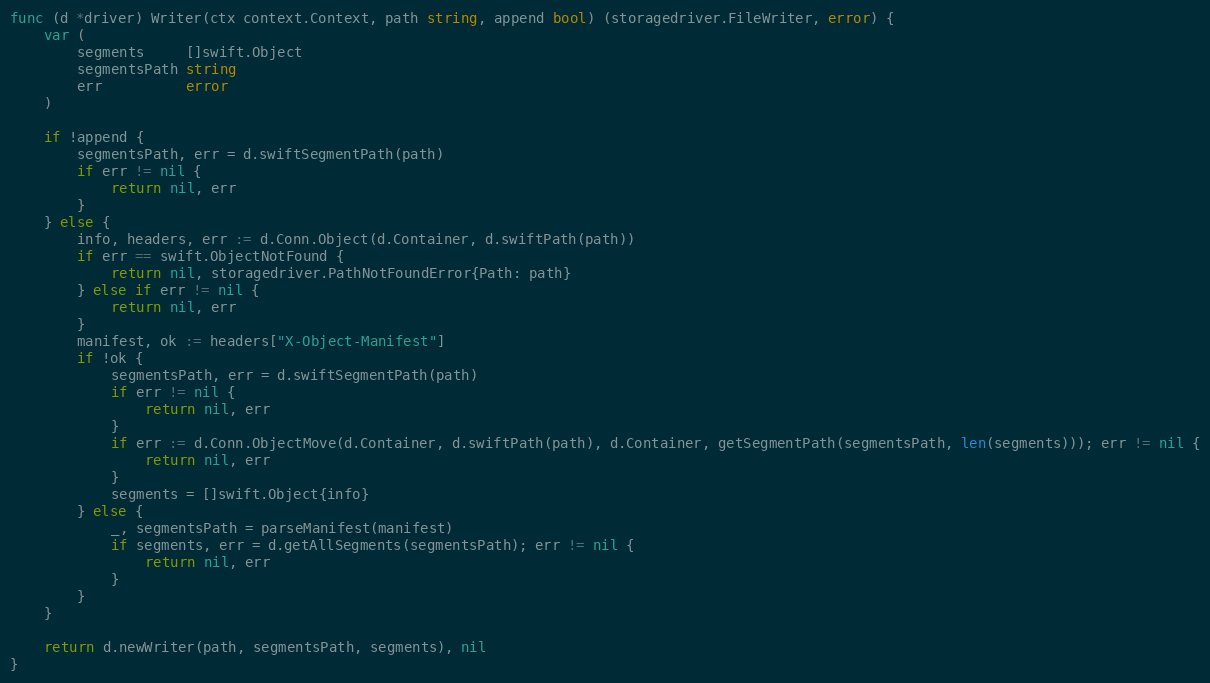
Language: Go
func (d *driver) Writer(ctx context.Context, path string, append bool) (storagedriver.FileWriter, error) {
	var (
		segments     []swift.Object
		segmentsPath string
		err          error
	)

	if !append {
		segmentsPath, err = d.swiftSegmentPath(path)
		if err != nil {
			return nil, err
		}
	} else {
		info, headers, err := d.Conn.Object(d.Container, d.swiftPath(path))
		if err == swift.ObjectNotFound {
			return nil, storagedriver.PathNotFoundError{Path: path}
		} else if err != nil {
			return nil, err
		}
		manifest, ok := headers["X-Object-Manifest"]
		if !ok {
			segmentsPath, err = d.swiftSegmentPath(path)
			if err != nil {
				return nil, err
			}
			if err := d.Conn.ObjectMove(d.Container, d.swiftPath(path), d.Container, getSegmentPath(segmentsPath, len(segments))); err != nil {
				return nil, err
			}
			segments = []swift.Object{info}
		} else {
			_, segmentsPath = parseManifest(manifest)
			if segments, err = d.getAllSegments(segmentsPath); err != nil {
				return nil, err
			}
		}
	}

	return d.newWriter(path, segmentsPath, segments), nil
}